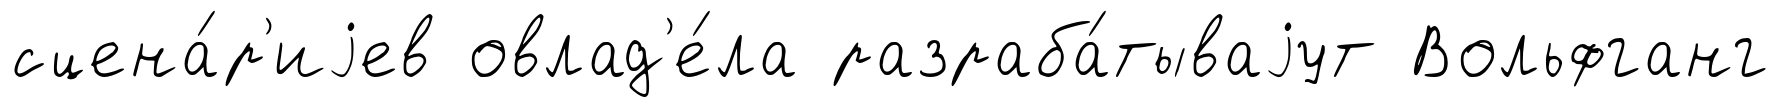
сцена́р'иjев овлад'е́ла разраба́тываjут Вольфганг